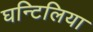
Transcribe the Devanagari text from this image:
घन्टिलिया